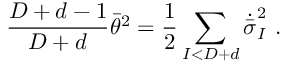
{ \frac { D + d - 1 } { D + d } } \bar { \theta } ^ { 2 } = { \frac { 1 } { 2 } } \sum _ { I < D + d } \dot { \bar { \sigma } } _ { I } ^ { 2 } \ .